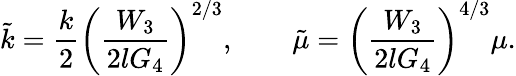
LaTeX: \tilde{k}=\frac{k}{2}\left(\frac{W_{3}}{2lG_{4}}\right)^{2/3},\qquad\tilde{\mu}=\left(\frac{W_{3}}{2lG_{4}}\right)^{4/3}\mu.